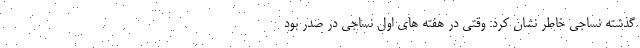
گذشته نساجی خاطر نشان کرد: وقتی در هفته های اول نساجی در صدر بود